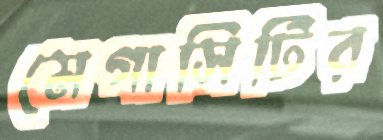
মেগাসিটির